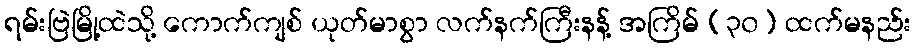
ရမ်းဗြဲမြို့ထဲသို့ ကောက်ကျစ် ယုတ်မာစွာ လက်နက်ကြီးနန့် အကြိမ် (၃၀) ထက်မနည်း